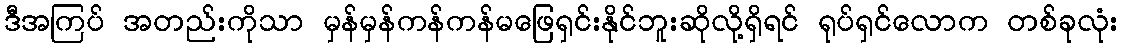
ဒီအကြပ် အတည်းကိုသာ မှန်မှန်ကန်ကန်မဖြေရှင်းနိုင်ဘူးဆိုလို့ရှိရင် ရုပ်ရှင်လောက တစ်ခုလုံး